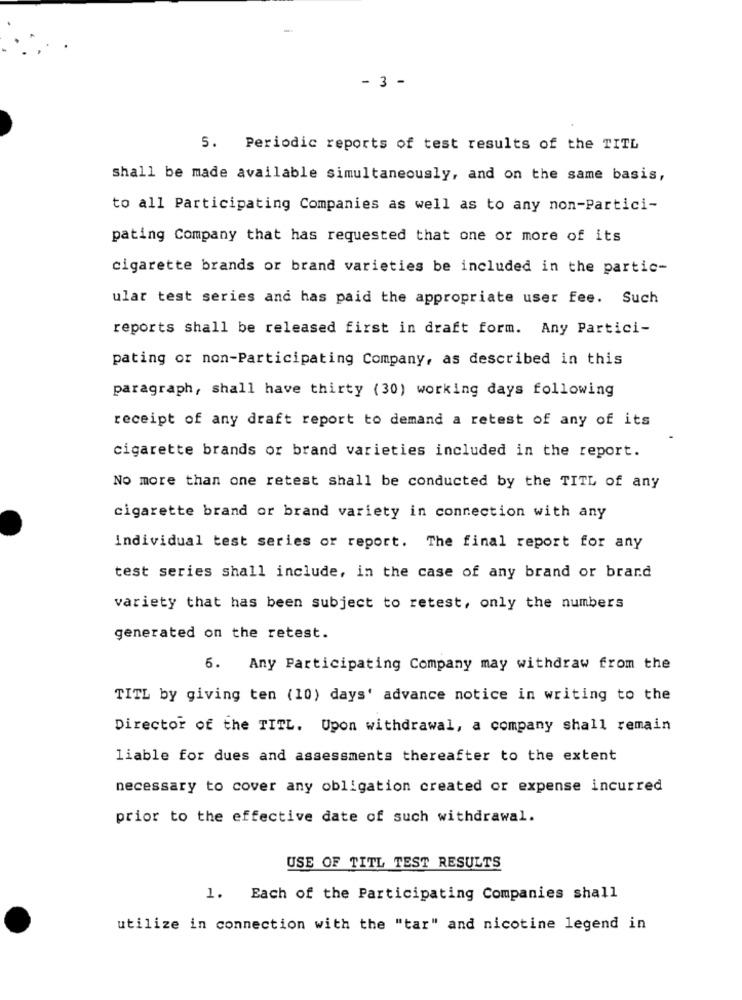
- 3 -
5. Periodic reports of test results of the TITL
shall be made available simultaneously, and on the same basis,
to all Participating Companies as well as to any non-Partici-
pating Company that has requested that one or more of its
cigarette brands or brand varieties be included in the partic-
ular test series and has paid the appropriate user fee. Such
reports shall be released first in draft form. Any Partici-
pating or non-Participating Company, as described in this
paragraph, shall have thirty (30) working days following
receipt of any draft report to demand a retest of any of its
cigarette brands or brand varieties included in the report.
No more than one retest shall be conducted by the TITL of any
cigarette brand or brand variety in connection with any
individual test series or report. The final report for any
test series shall include, in the case of any brand or brard
variety that has been subject to retest, only the numbers
generated on the retest.
6. Any Participating Company may withdraw from the
TITL by giving ten (10) days' advance notice in writing to the
Director of the TITL. Upon withdrawal, a company shall remain
liable for dues and assessments thereafter to the extent
necessary to cover any obligation created or expense incurred
prior to the effective date of such withdrawal.
USE OF TITL TEST RESULTS
1. Each of the Participating Companies shall
utilize in connection with the "tar" and nicotine legend in